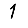
Digit: 1